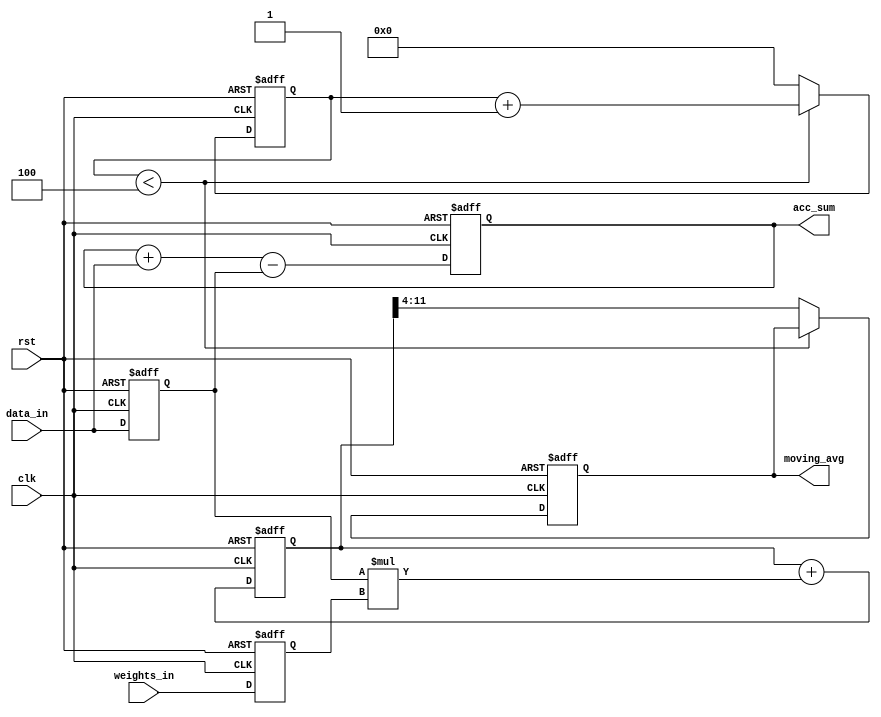
module weighted_moving_average_accumulator (
    input wire clk, // Clock input
    input wire rst, // Reset input
    input wire [7:0] data_in, // Input data
    input wire [7:0] weights_in, // Input weights
    output reg [15:0] acc_sum, // Accumulated sum
    output reg [7:0] moving_avg // Weighted moving average output
);

reg [7:0] prev_data; // Previous input data
reg [7:0] prev_weight; // Previous input weight
reg [15:0] weighted_sum; // Weighted sum of data
reg [3:0] count; // Counter for accumulation process

always @(posedge clk or posedge rst) begin
    if (rst) begin
        prev_data <= 0;
        prev_weight <= 0;
        weighted_sum <= 0;
        count <= 0;
        acc_sum <= 0;
        moving_avg <= 0;
    end else begin
        prev_data <= data_in;
        prev_weight <= weights_in;
        
        // Calculate weighted sum
        weighted_sum <= weighted_sum + (prev_data * prev_weight);
        
        // Shift data values to update accumulator
        acc_sum <= acc_sum + data_in - prev_data;
        
        // Update moving average
        if (count < 4) begin
            count <= count + 1;
        end else begin
            count <= 0;
            moving_avg <= weighted_sum >> 4; // Divide by 16 to get average
        end
    end
end

endmodule